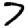
Digit: 7